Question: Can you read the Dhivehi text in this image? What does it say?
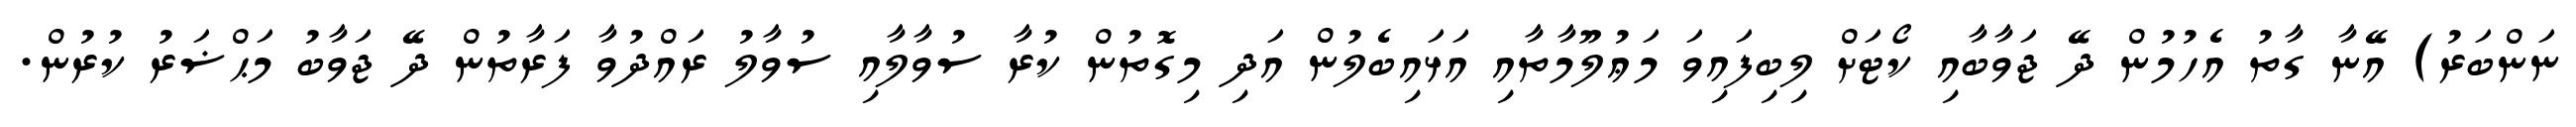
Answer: ނަންބަރު) އޭނާ ގާތު އެހުމުން ދޭ ޖަވާބާއި ކޯޓަށް ލިބިފައިވަ މަޢުލޫމާތާއި އަޅައިބެލުން އަދި މިގޮތުން ކުރާ ސުވާލާއި ސުވާލު ރައްދުވާ ފަރާތުން ދޭ ޖަވާބު މަޙްޟަރު ކުރުން.